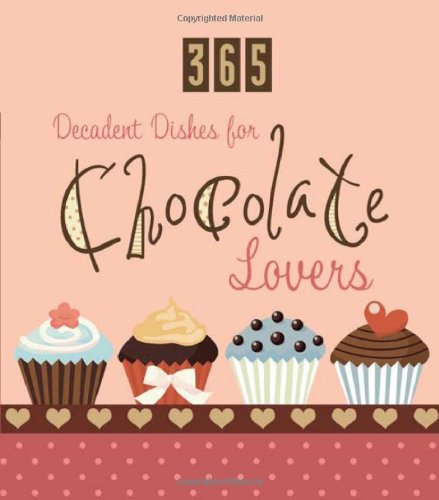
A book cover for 365 Decadent Dishes For Chocolate Lovers (365 Perpetual Calendars); Compiled by Barbour Staff; Calendars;